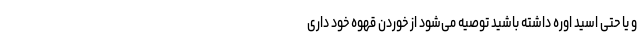
و یا حتی اسید اوره داشته باشید توصیه می‌شود از خوردن قهوه خود داری